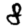
Digit: 8